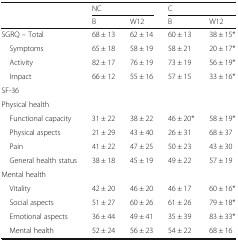
| <ROWSPAN=2>  | <COLSPAN=2> NC | <COLSPAN=2> C |
 | B | W12 | B | W12 |
 | --- | --- | --- | --- | --- |
 | SGRQ – Total | 68 ± 13 | 62 ± 14 | 60 ± 13 | 38 ± 15* |
 | Symptoms | 65 ± 18 | 58 ± 19 | 58 ± 21 | 20 ± 17* |
 | Activity | 82 ± 17 | 76 ± 19 | 73 ± 19 | 56 ± 19* |
 | Impact | 66 ± 12 | 55 ± 16 | 57 ± 15 | 33 ± 16* |
 | <COLSPAN=5> SF-36 |
 | Physical health |  |  |  |  |
 | Functional capacity | 31 ± 22 | 38 ± 22 | 46 ± 20* | 58 ± 19* |
 | Physical aspects | 21 ± 29 | 43 ± 40 | 26 ± 31 | 68 ± 37 |
 | Pain | 41 ± 22 | 47 ± 25 | 50 ± 23 | 43 ± 30 |
 | General health status | 38 ± 18 | 45 ± 19 | 49 ± 22 | 57 ± 19 |
 | <COLSPAN=5> Mental health |
 | Vitality | 42 ± 20 | 46 ± 20 | 46 ± 17 | 60 ± 16* |
 | Social aspects | 51 ± 27 | 60 ± 26 | 61 ± 26 | 79 ± 18* |
 | Emotional aspects | 36 ± 44 | 49 ± 41 | 35 ± 39 | 83 ± 33* |
 | Mental health | 52 ± 24 | 56 ± 23 | 54 ± 22 | 68 ± 16 |